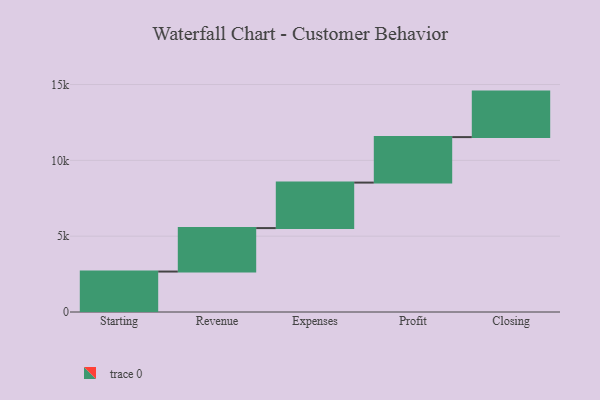
{"axis": {"x": "Step", "y": "Value"}, "legend": [""], "data": [{"x": "Starting", "y": 2667.0, "type": ""}, {"x": "Revenue", "y": 2866.0, "type": ""}, {"x": "Expenses", "y": 3000, "type": ""}, {"x": "Profit", "y": 3000, "type": ""}, {"x": "Closing", "y": 3000, "type": ""}]}